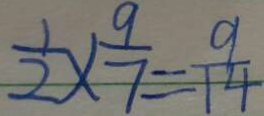
\frac { 1 } { 2 } \times \frac { 9 } { 7 } = \frac { 9 } { 1 4 }